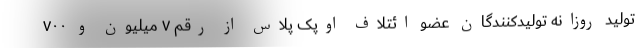
تولید روزانه تولیدکنندگان عضو ائتلاف اوپک پلاس از رقم ۷ میلیون و ۷۰۰